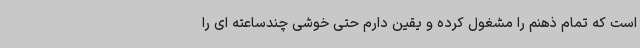
است که تمام ذهنم را مشغول کرده و یقین دارم حتی خوشی چندساعته ای را